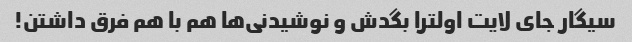
سیگار جای لایت اولترا بگدش و نوشیدنی‌ها هم با هم فرق داشتن!